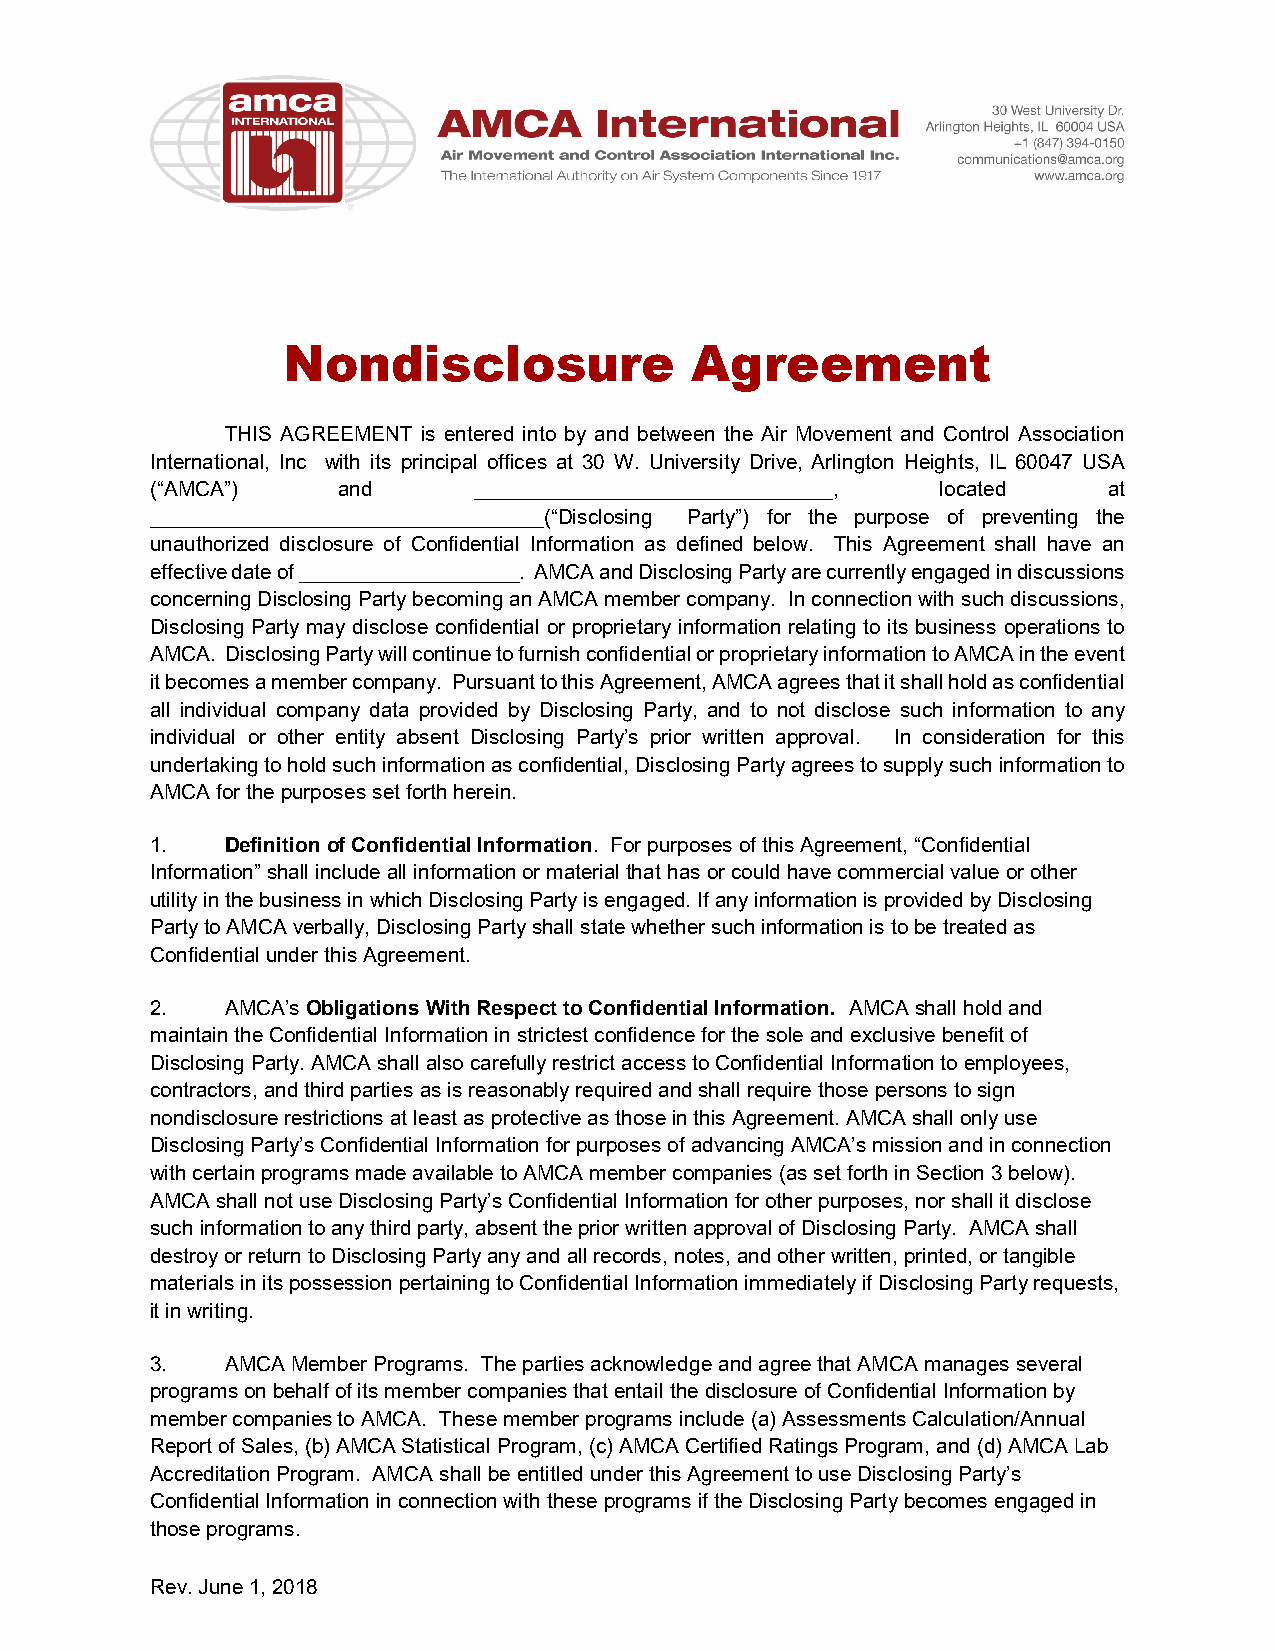
Nondisclosure              Agreement
 THIS AGREEMENT is entered into by and between the Air Movement and Control Association
 International, Inc with its principal offices at 30 W. University Drive, Arlington Heights, IL 60047 USA
 (“AMCA”)    and      _______________________________, located  at
 __________________________________(“Disclosing Party”) for the purpose of preventing the
 unauthorized disclosure of Confidential Information as defined below. This Agreement shall have an
 effective date of ___________________. AMCA and Disclosing Party are currently engaged in discussions
 concerning Disclosing Party becoming an AMCA member company. In connection with such discussions,
 Disclosing Party may disclose confidential or proprietary information relating to its business operations to
 AMCA. Disclosing Party will continue to furnish confidential or proprietary information to AMCA in the event
 it becomes a member company. Pursuant to this Agreement, AMCA agrees that it shall hold as confidential
 all individual company data provided by Disclosing Party, and to not disclose such information to any
 individual or other entity absent Disclosing Party’s prior written approval. In consideration for this
 undertaking to hold such information as confidential, Disclosing Party agrees to supply such information to
 AMCA for the purposes set forth herein.
 1.   Definition of Confidential Information. For purposes of this Agreement, “Confidential
 Information” shall include all information or material that has or could have commercial value or other
 utility in the business in which Disclosing Party is engaged. If any information is provided by Disclosing
 Party to AMCA verbally, Disclosing Party shall state whether such information is to be treated as
 Confidential under this Agreement.
 2.   AMCA’s Obligations With Respect to Confidential Information. AMCA shall hold and
 maintain the Confidential Information in strictest confidence for the sole and exclusive benefit of
 Disclosing Party. AMCA shall also carefully restrict access to Confidential Information to employees,
 contractors, and third parties as is reasonably required and shall require those persons to sign
 nondisclosure restrictions at least as protective as those in this Agreement. AMCA shall only use
 Disclosing Party’s Confidential Information for purposes of advancing AMCA’s mission and in connection
 with certain programs made available to AMCA member companies (as set forth in Section 3 below).
 AMCA shall not use Disclosing Party’s Confidential Information for other purposes, nor shall it disclose
 such information to any third party, absent the prior written approval of Disclosing Party. AMCA shall
 destroy or return to Disclosing Party any and all records, notes, and other written, printed, or tangible
 materials in its possession pertaining to Confidential Information immediately if Disclosing Party requests,
 it in writing.
 3.   AMCA Member Programs. The parties acknowledge and agree that AMCA manages several
 programs on behalf of its member companies that entail the disclosure of Confidential Information by
 member companies to AMCA. These member programs include (a) Assessments Calculation/Annual
 Report of Sales, (b) AMCA Statistical Program, (c) AMCA Certified Ratings Program, and (d) AMCA Lab
 Accreditation Program. AMCA shall be entitled under this Agreement to use Disclosing Party’s
 Confidential Information in connection with these programs if the Disclosing Party becomes engaged in
 those programs.
 Rev. June 1, 2018